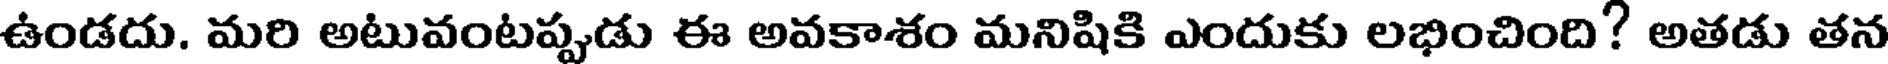
ఉండదు. మరి అటువంటప్పుడు ఈ అవకాశం మనిషికి ఎందుకు లభించింది? అతడు తన